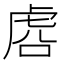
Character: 𰲛